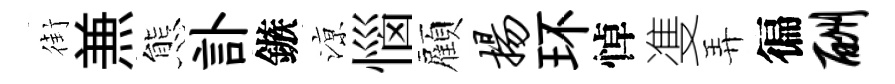
街𠔥態訃鏃鿌惱顏扬环悼㕠弄徧酬